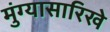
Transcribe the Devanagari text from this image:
मुंग्यासारिखे